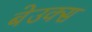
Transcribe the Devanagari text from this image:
बेउक्स